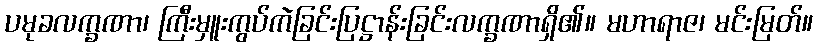
ပမုခလက္ခဏာ၊ ကြီးမှူးကွပ်ကဲခြင်းပြဋ္ဌာန်းခြင်းလက္ခဏာရှိ၏။ မဟာရာဇ၊ မင်းမြတ်။